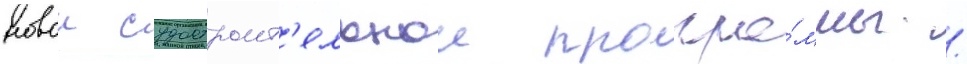
новои судостроит'ельнои програ́ммы /